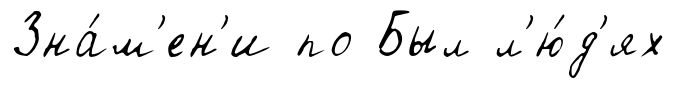
Зна́м'ен'и по Был л'ю́д'ях